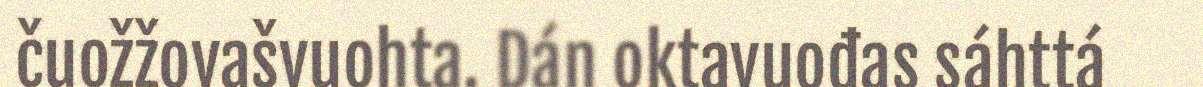
čuožžovašvuohta. Dán oktavuođas sáhttá